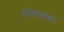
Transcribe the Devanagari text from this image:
भरलेल्याशा